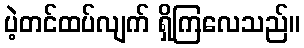
ပဲ့တင်ထပ်လျက် ရှိကြလေသည်။